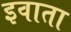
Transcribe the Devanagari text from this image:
इवाता